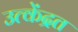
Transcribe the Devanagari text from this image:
उत्केंद्रत